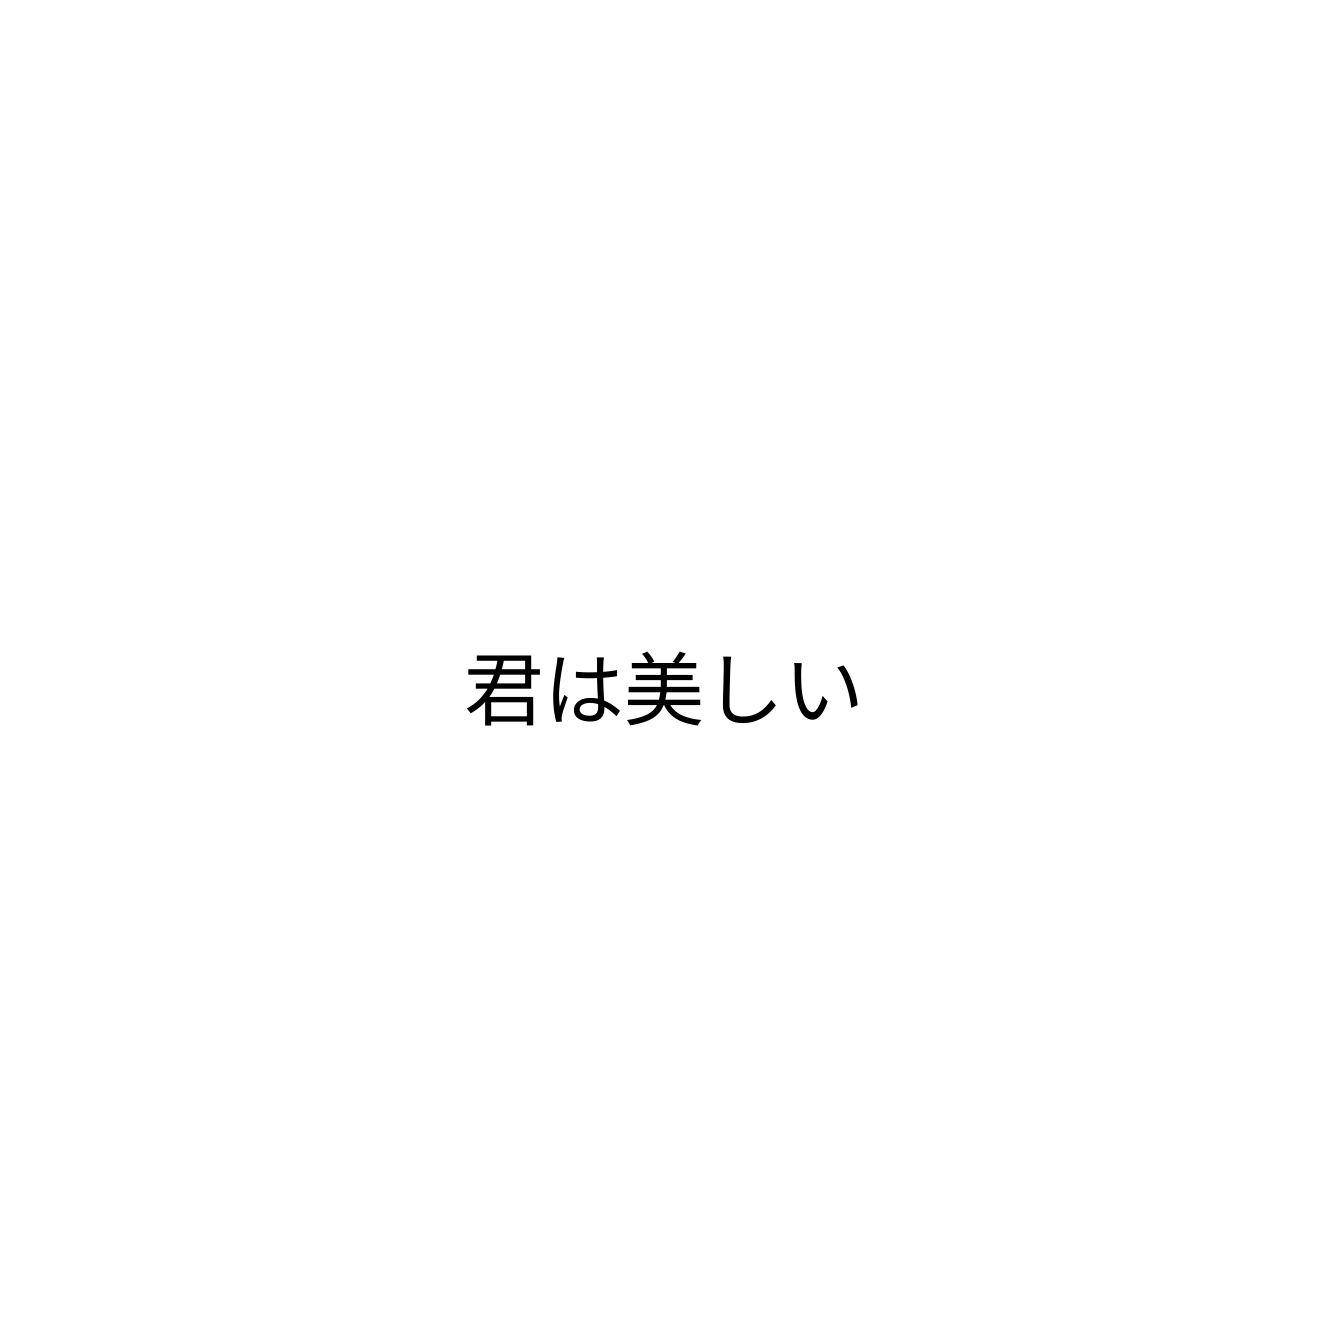
君は美しい